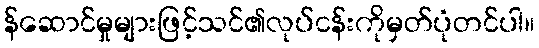
န်ဆောင်မှုများဖြင့်သင်၏လုပ်ငန်းကိုမှတ်ပုံတင်ပါ။